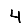
Digit: 4